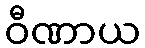
ဝီဏာယ